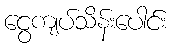
ငွေကျပ်သိန်းပေါင်း